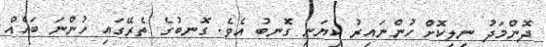
ދޮންމަދު ނިލިކޮށް ހުންނައިރު ކިޔަނި ގޮނބު އެވެ. ގޮނބުގެ ތެރޭގައި ހުންނަ ބައެއް